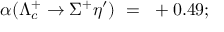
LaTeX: \alpha ( \Lambda _ { c } ^ { + } \rightarrow \Sigma ^ { + } \eta ^ { \prime } ) ~ = ~ + 0 . 4 9 ;